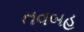
તવબહ